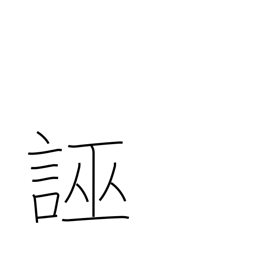
Meaning: slander